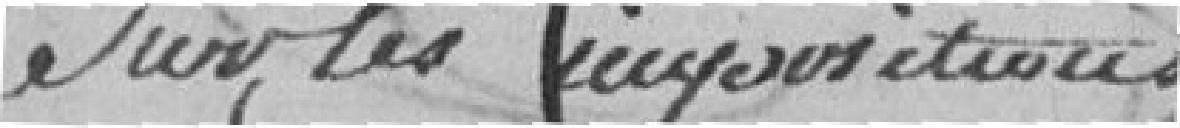
sur les impositions